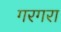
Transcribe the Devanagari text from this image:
गरगरा